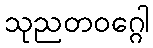
သုညတဝဂ္ဂေါ